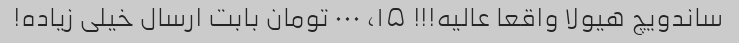
ساندویچ هیولا واقعا عالیه!!! ۱۵، ۰۰۰ تومان بابت ارسال خیلی زیاده!